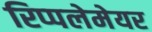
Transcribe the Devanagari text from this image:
रिप्‍पलेमेयर